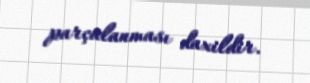
parçalanması daxildir.